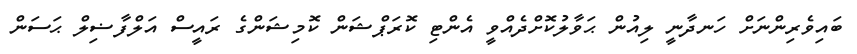
ބައިވެރިންނަށް ހަނދާނީ ލިއުން ޙަވާލުކޮށްދެއްވީ އެންޓި ކޮރަޕްޝަން ކޮމިޝަންގެ ރައީސް އަލްފާޟިލް ޙަސަން